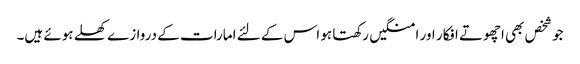
جو شخص بھی اچھوتے افکار اور امنگیں رکھتا ہو اس کے لئے امارات کے دروازے کھلے ہوئے ہیں۔